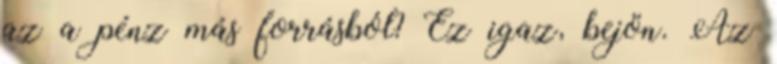
az a pénz más forrásból? Ez igaz, bejön. Az